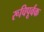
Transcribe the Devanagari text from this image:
रूचिपूर्वक